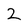
Character: 2